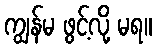
ကျွန်မ ဖွင့်လို့ မရ။